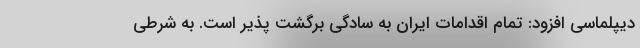
دیپلماسی افزود: تمام اقدامات ایران به سادگی برگشت پذیر است. به شرطی